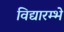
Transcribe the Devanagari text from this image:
विद्यारम्भे